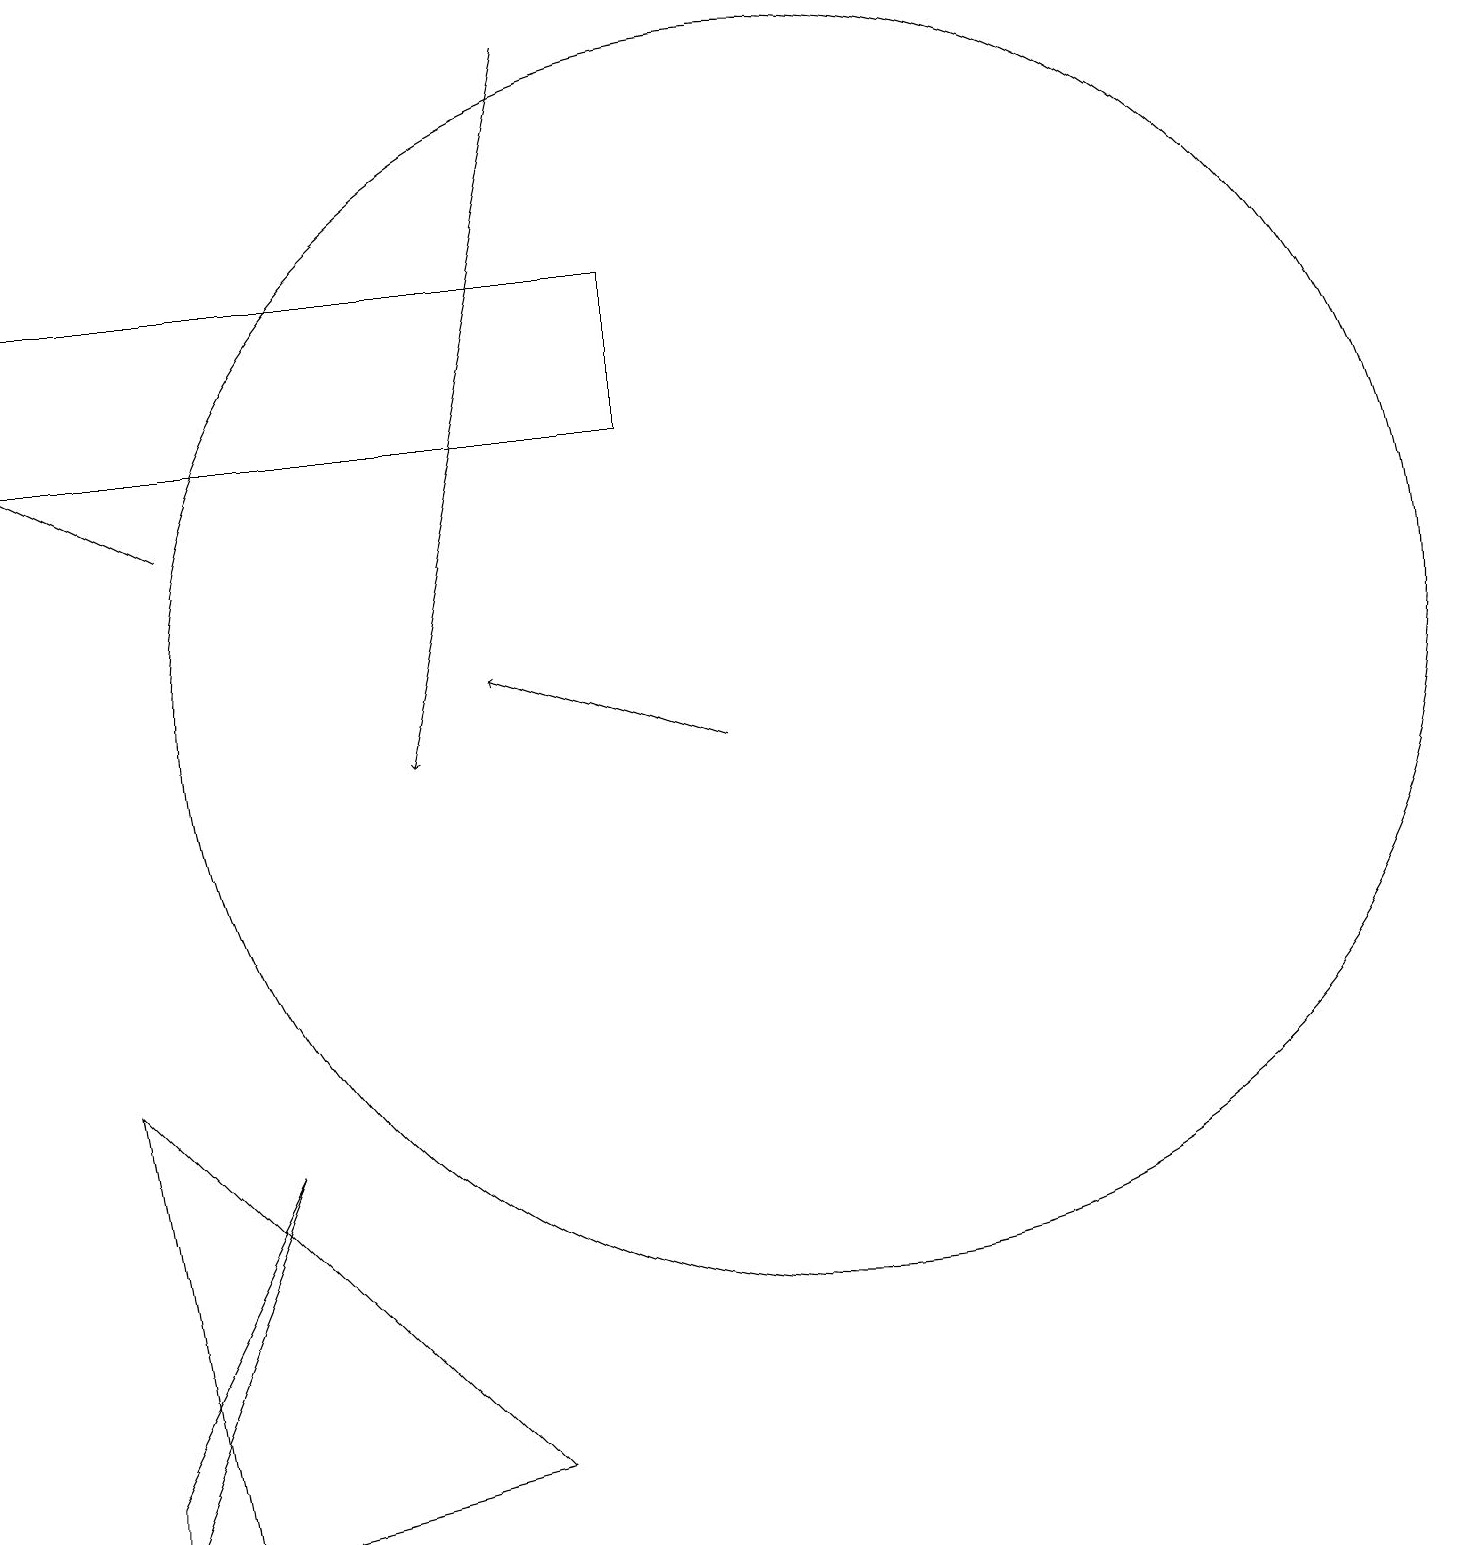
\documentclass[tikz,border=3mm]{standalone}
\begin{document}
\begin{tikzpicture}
\draw (10,11) circle (8);
\draw (1,0) -- (3,5) -- (1,1) -- cycle;
\draw[->] (2,13) -- (0,14);
\draw[->] (7,19) -- (5,10);
\draw[->] (9,10) -- (6,11);
\draw (2,0) -- (6,1) -- (1,6) -- cycle;
\draw (8,16) rectangle (0,14);
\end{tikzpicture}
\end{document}